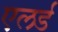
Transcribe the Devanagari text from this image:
एलर्ड